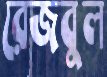
রেজবুল